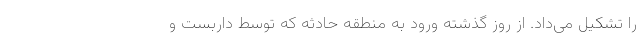
را تشکیل می‌داد. از روز گذشته ورود به منطقه حادثه که توسط داربست و